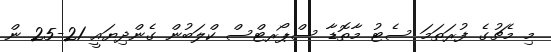
މި މެޗުގެ ފުރަތަމަ ސެޓު މާތޮޑާ ސްޕޯރޓްސް ކްލަބުން ގެންދިޔައީ 21-25 ން